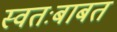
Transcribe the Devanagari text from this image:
स्वतःबाबत